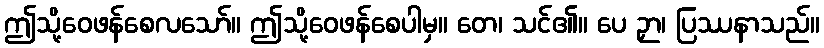
ဤသို့ဝေဖန်စေလသော်။ ဤသို့ဝေဖန်စေပါမှ။ တေ၊ သင်၏။ ပေ ဉှာ၊ ပြဿနာသည်။